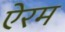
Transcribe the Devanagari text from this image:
ऐरम